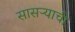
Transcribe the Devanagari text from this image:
सासऱ्याची